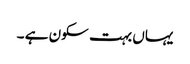
یہاں بہت سکون ہے ۔